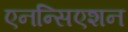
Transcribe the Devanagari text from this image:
एनन्सिएशन